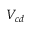
V _ { c d }